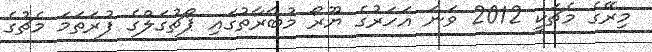
މިރޭގެ މެޗަކީ 2012 ވަނަ އަހަރުގެ ޔޫރޯ މުބާރާތުގައި ޕޯޗުގަލްގެ ފުރަތަމަ މެޗުގެ